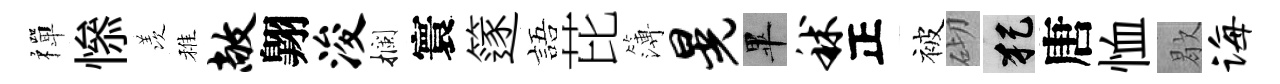
禪𢡖羡稚敞翺浚攔寰篴語芘簿晃畢秫正被砌犯唐恤歇诲